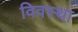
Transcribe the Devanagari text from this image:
विवस्था